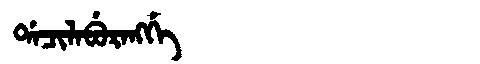
Manchu: ᡩᠠᠴᡳᠯᠠᠪᡠᡵᠠᠩᡤᡝ
Romanization: DACILABURANGGE